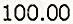
100.00